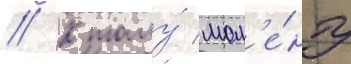
// К тому́ мом'е́нту